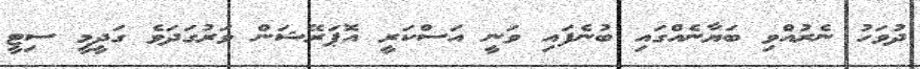
ދުވަހު ނެރުއްވި ބަޔާނެއްގައި ބުނެފައި ވަނީ އަސްކަރީ އޮޕަރޭޝަން ވަރުގަދަވެ ގަދީމީ ސިޓީ